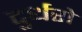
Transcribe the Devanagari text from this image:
दुर्धरो